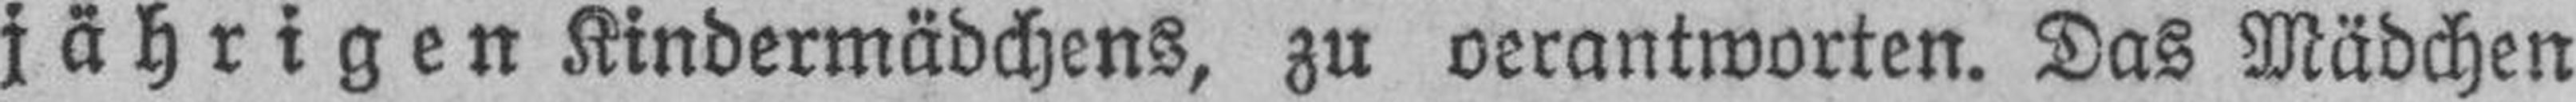
jährigen Kindermädchens, zu verantworten. Das Mädchen